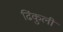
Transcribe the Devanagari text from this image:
ढिंकुली